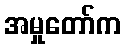
အမှုတော်က